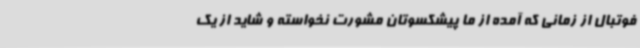
فوتبال از زمانی که آمده از ما پیشکسوتان مشورت نخواسته و شاید از یک